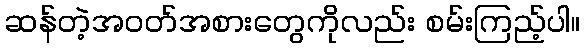
ဆန်တဲ့အဝတ်အစားတွေကိုလည်း စမ်းကြည့်ပါ။